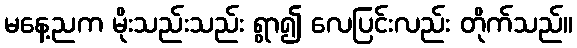
မနေ့ညက မိုးသည်းသည်း ရွာ၍ လေပြင်းလည်း တိုက်သည်။